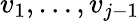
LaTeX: v_{1},\dots,v_{j-1}